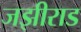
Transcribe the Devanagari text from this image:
जझीराड